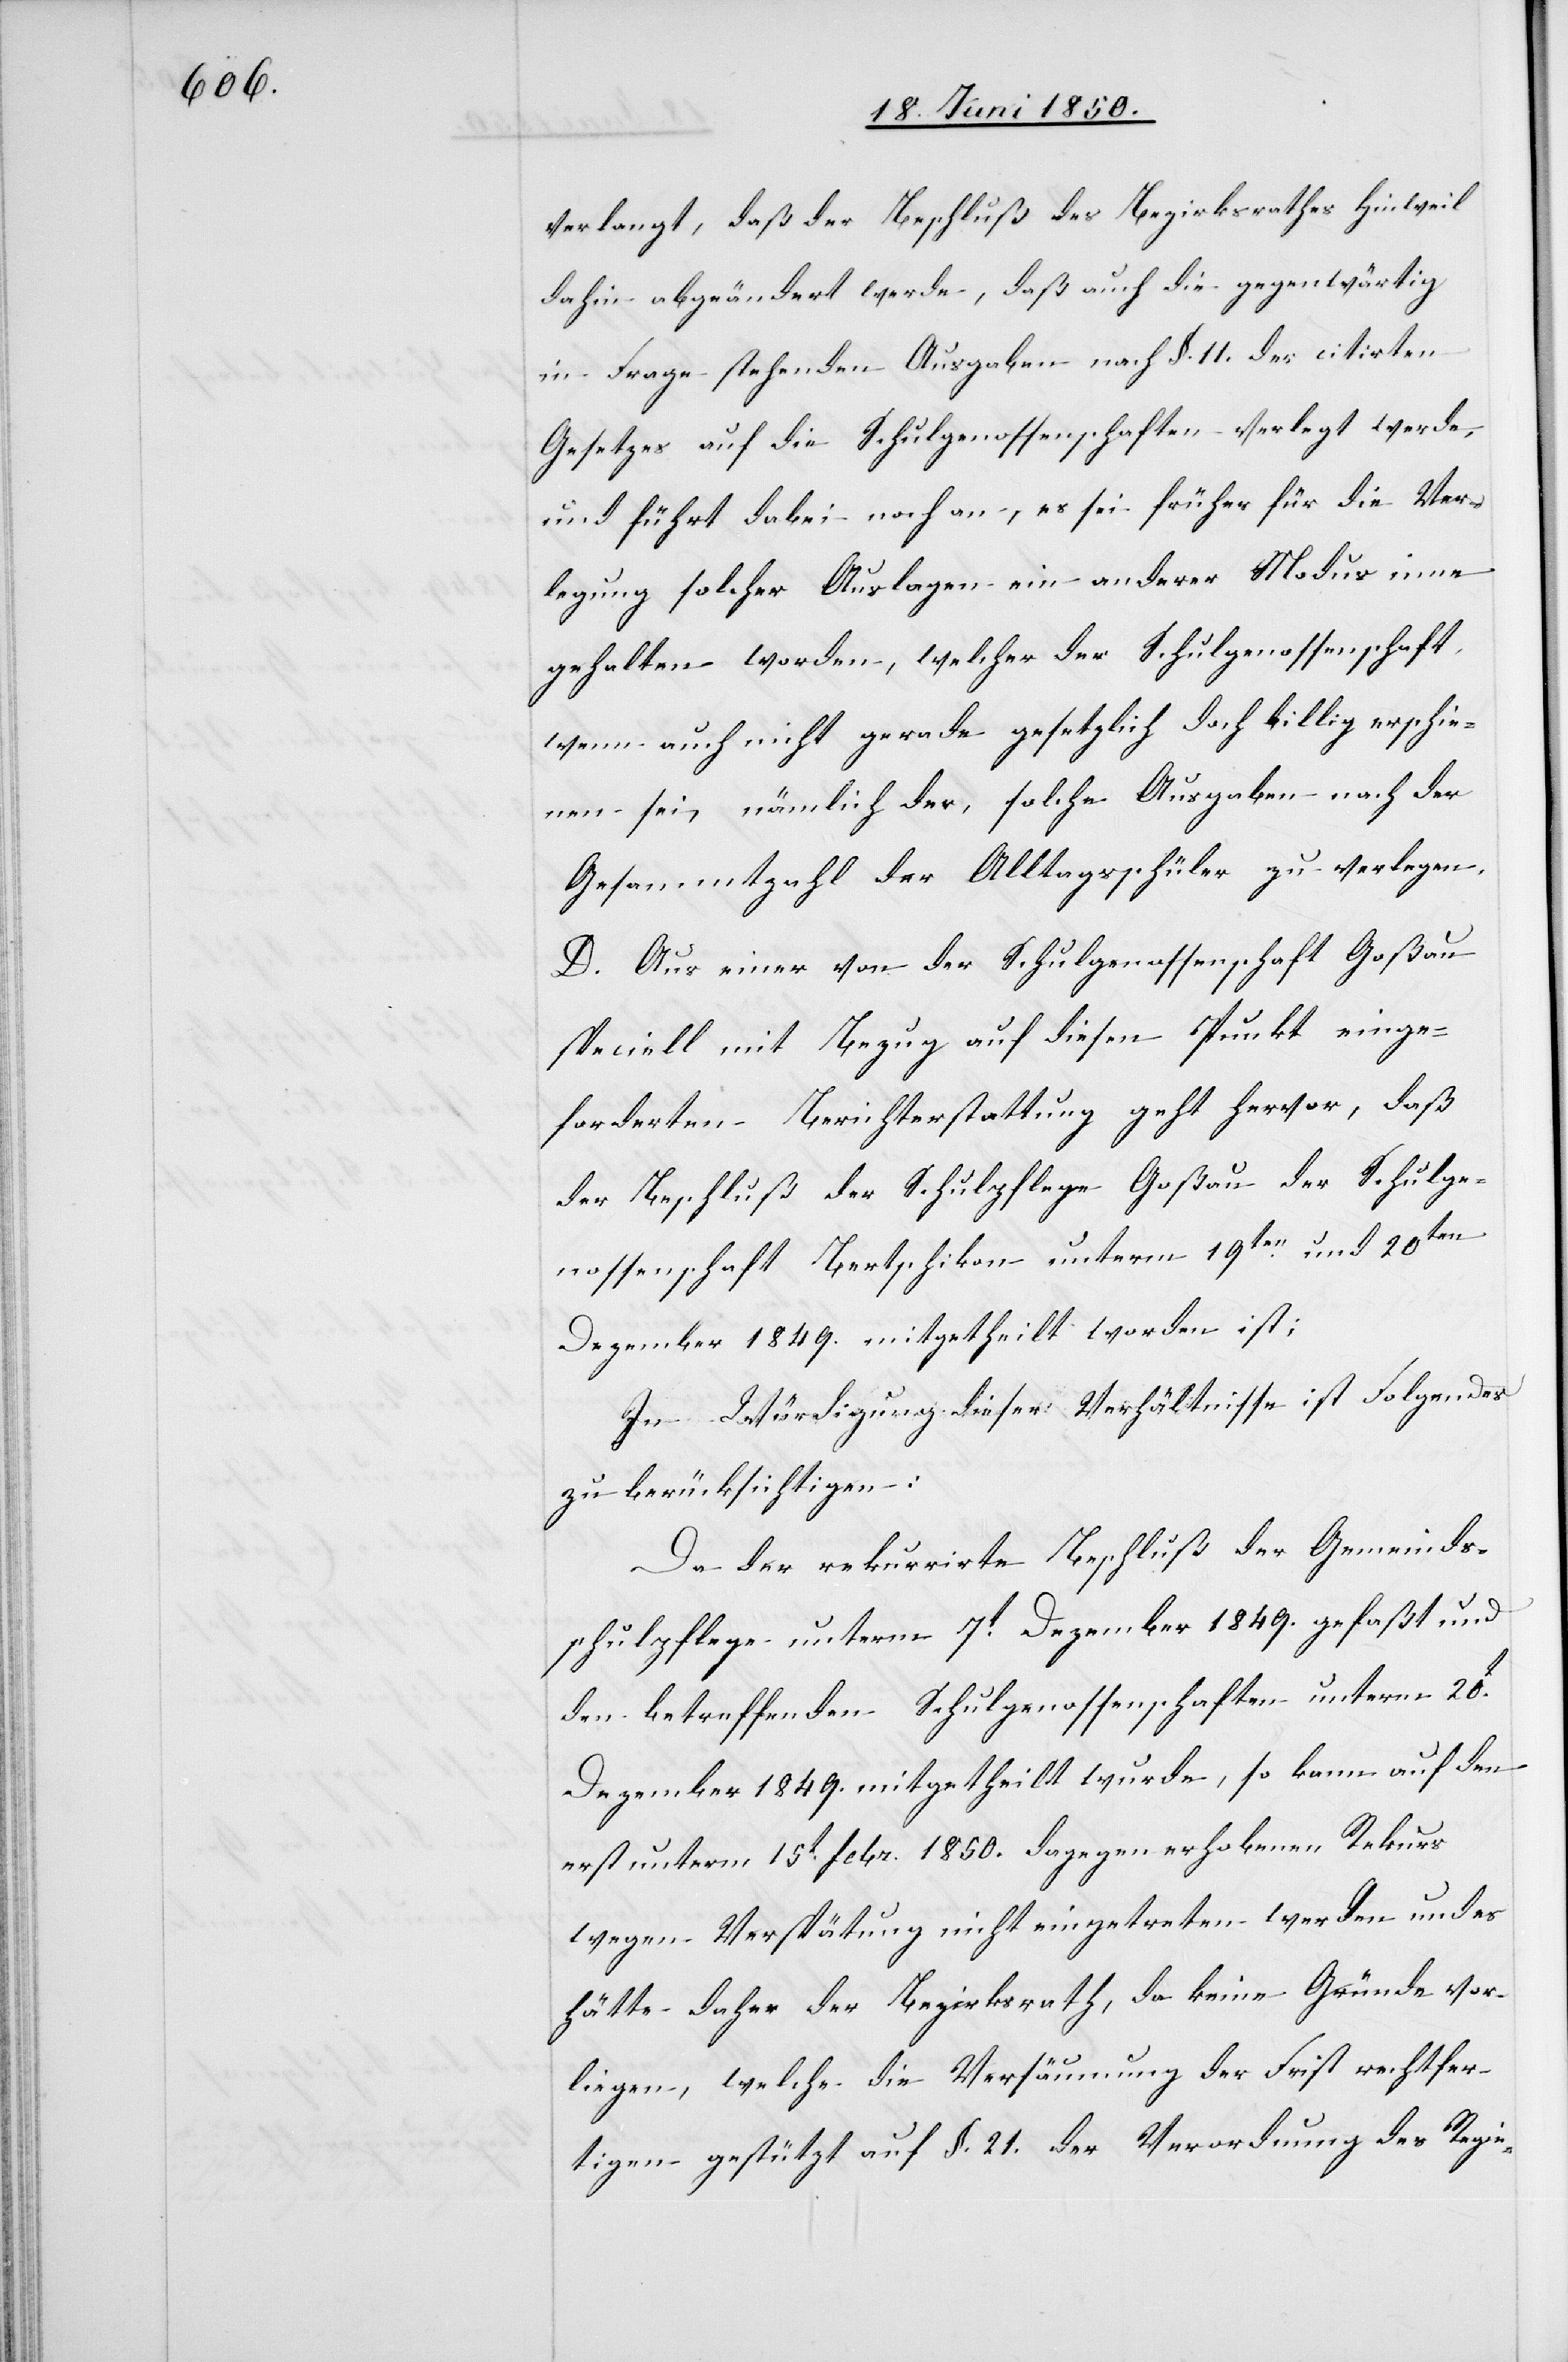
verlangt, daß der Beschluß des Bezirksrathes Hinweil
dahin abgeändert werde, daß auch die gegenwärtig
in Frage stehenden Ausgaben nach §. 11. der citirten
Gesetzes auf die Schulgenossenschaften verlegt werde,
und führt dabei noch an, es sei früher für die Ver¬
legung solcher Auslagen ein anderer Modus inne
gehalten worden, welcher der Schulgenossenschaft
wenn auch nicht gerade gesetzlich doch billig erschie¬
nen sei, nämlich der, solche Ausgaben nach der
Gesammtzahl der Alltagsschüler zu verlegen.
D. Aus einer von der Schulgenossenschaft Goßau
speciell mit Bezug auf diesen Punkt einge¬
forderten Berichterstattung geht hervor, daß
der Beschluß der Schulpflege Goßau der Schulge¬
nossenschaft Bertschikon unterm 19ten und 20ten
Dezember 1849. mitgetheilt worden ist;
In Würdigung dieser Verhältnisse ist Folgendes
zu berücksichtigen:
Da der rekurrirte Beschluß der Gemeinds¬
schulpflege unterm 7t Dezember 1849. gefaßt und
den betreffenden Schulgenossenschaften unterm 20t
Dezember 1849. mitgetheilt wurde, so kann auf den
erst unterm 15t febr. 1850. dagegen erhobenen Rekurs
wegen Verspätung nicht eingetreten werden und es
hätte daher der Bezirksrath, da keine Gründe vor¬
liegen, welche die Versäumung der Frist rechtfer¬
tigen gestützt auf §. 21. der Verordnung des Regie-